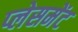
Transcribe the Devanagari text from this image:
प्‍लेसमेंट